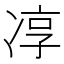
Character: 𭂓